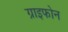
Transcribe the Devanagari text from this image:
ग्राइफोन